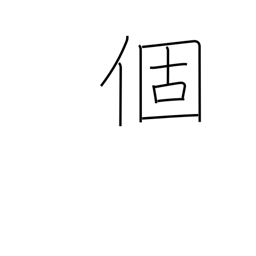
Meaning: individual